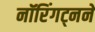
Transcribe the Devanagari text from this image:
नॉरिंगट्नने